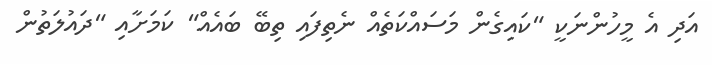
އަދި އެ މީހުންނަކީ "ކައިގެން މަސައްކަތެއް ނެތިފައި ތިބޭ ބައެއް" ކަމަށާއި "ދައުލަތުން